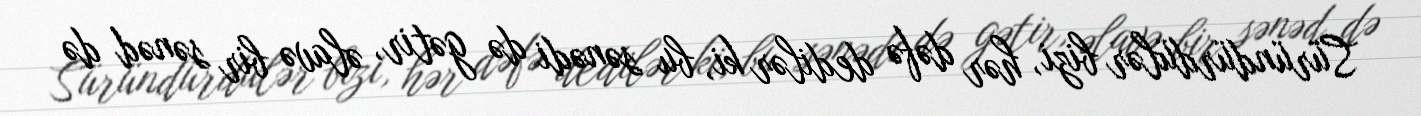
Süründürdülər bizi, hər dəfə dedilər ki, bu sənədi də gətir, əlavə bir sənəd də